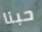
حبنا